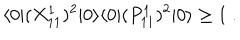
LaTeX: \langle 0 | ( X _ { 1 1 } ^ { 1 } ) ^ { 2 } | 0 \rangle \langle 0 | ( P _ { 1 1 } ^ { 1 } ) ^ { 2 } | 0 \rangle \geq 1 \ .